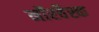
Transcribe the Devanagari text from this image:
नॉरवैस्क